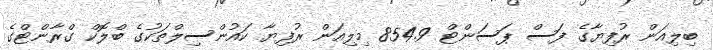
ބިލިއަން ރުފިޔާގެ ފަސް ޕަސަންޓް 854.9 މިލިއަން ރުފިޔާ ކައުންސިލްތަކުގެ ބްލޮކް ގްރާންޓްގެ